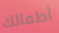
أطفالك